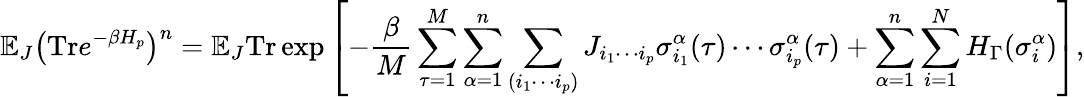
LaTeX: \mathbb{E}_{J}\big(\textrm{Tr}e^{-\beta H_{p}}\big)^{n}=\mathbb{E}_{J}\textrm{Tr}\exp{\left[-\frac{\beta}{M}\sum_{\tau=1}^{M}\sum_{\alpha=1}^{n}\sum_{(i_{1}\cdots i_{p})}J_{i_{1}\cdots i_{p}}\sigma_{i_{1}}^{\alpha}(\tau)\cdots\sigma_{i_{p}}^{\alpha}(\tau)+\sum_{\alpha=1}^{n}\sum_{i=1}^{N}H_{\Gamma}(\sigma_{i}^{\alpha})\right]},